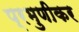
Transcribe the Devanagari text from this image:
प्रभुणीकर